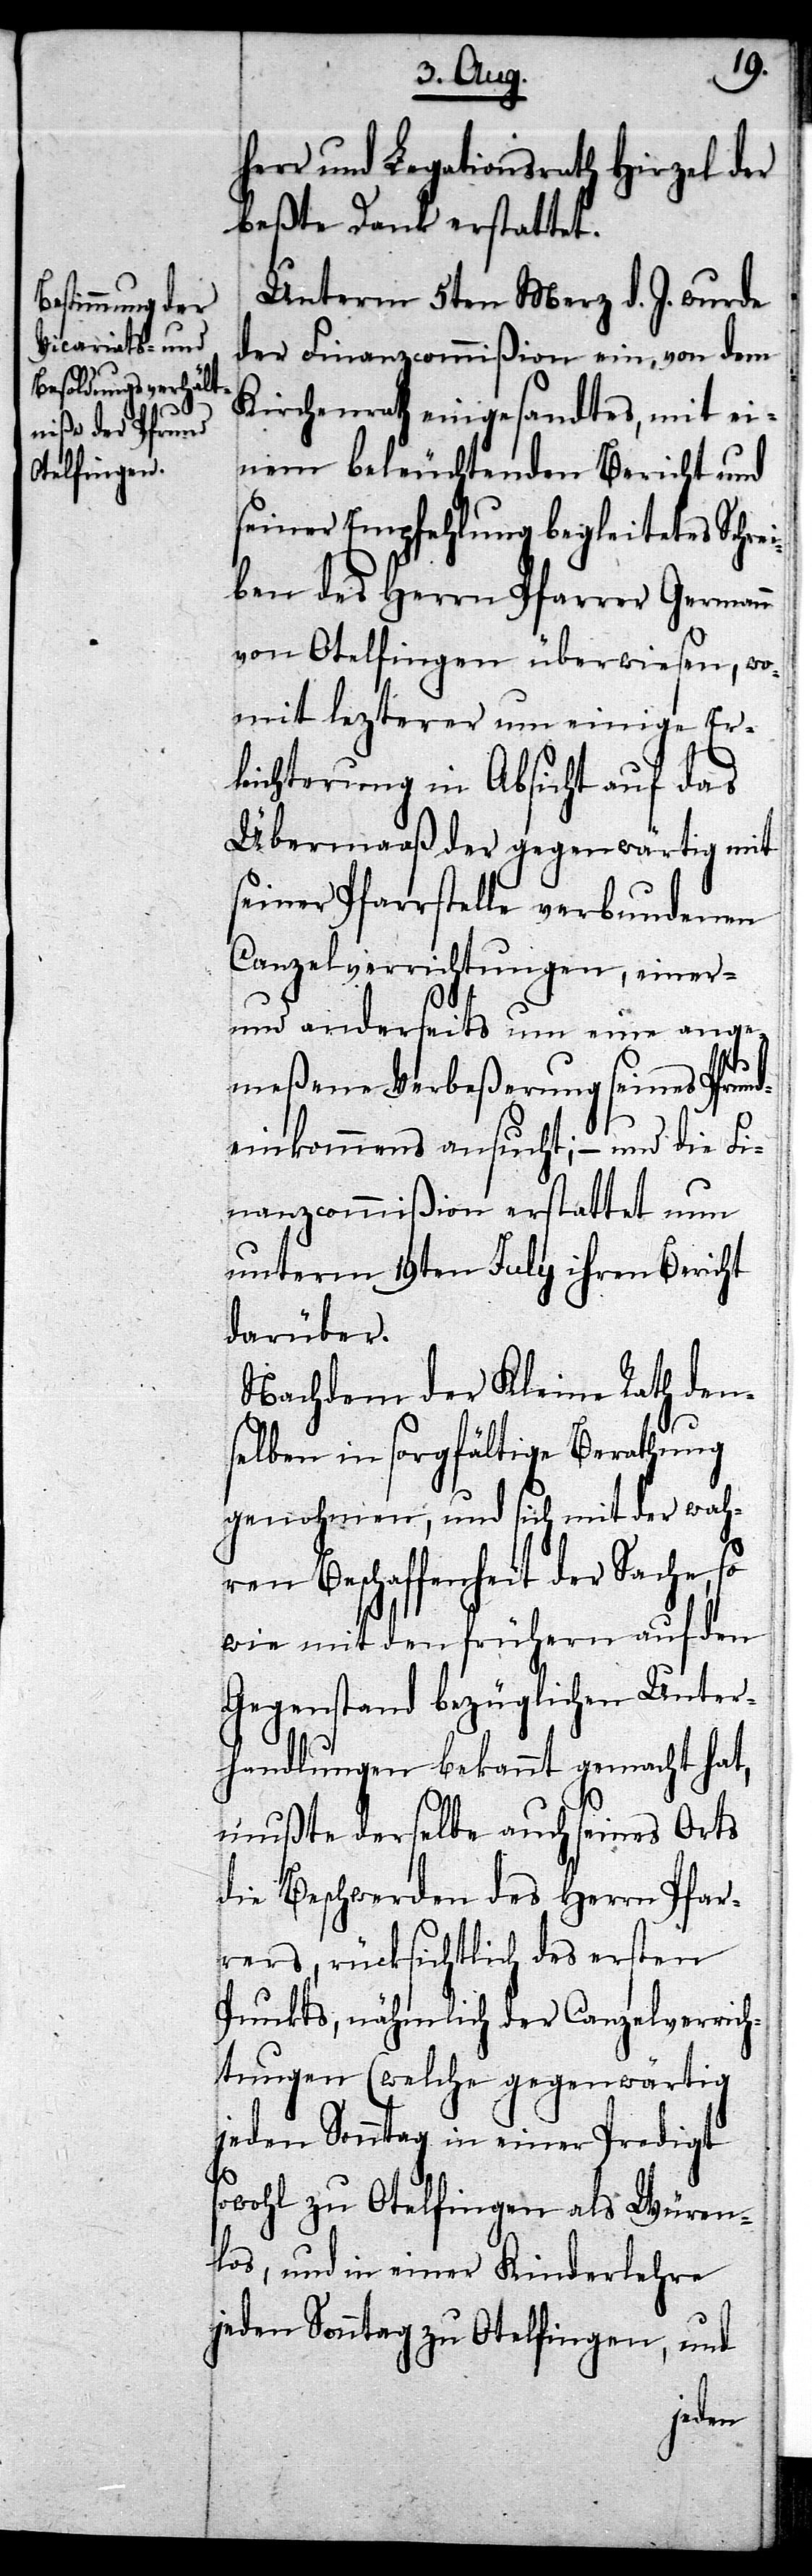
herr und Legationsrath Hirzel der
beßte Dank erstattet.
Unterm 5ten Merz d. J. wurde
der Finanzcommißion ein, von dem
Kirchenrath eingesandtes, mit ei¬
nem beleuchtenden Bericht und
seiner Empfehlung begleitetes Schre¬
iben des Herrn Pfarrer Germann
von Otelfingen überwiesen, wo¬
mit lezterer um einige Er¬
leichterung in Absicht auf das
Übermaaß der gegenwärtig mit
seiner Pfarrstelle verbundenen
Canzelverrichtungen, einer-
und anderseits um eine ange¬
meßene Verbeßerung seines Pfrund¬
einkommens ansucht; – und die Fi¬
nanzcommißion erstattet nun
unterm 19ten July ihren Bericht
darüber.
Nachdem der Kleine Rath den¬
selben in sorgfältige Berathung
genohmen, und sich mit der wah¬
ren Beschaffenheit der Sache, so
wie mit den frühern auf den
Gegenstand bezüglichen Unter¬
handlungen bekannt gemacht hat,
mußte derselbe auch seines Orts
die Beschwerden des Herrn Pfar¬
rers, rücksichtlich des ersten
Punkts, nähmlich der Canzelverrich¬
tungen (welche gegenwärtig
jeden Sonntag in einer Predigt
sowohl zu Otelfingen als Würen¬
los, und in einer Kinderlehre
jeden Sonntag zu Otelfingen, und